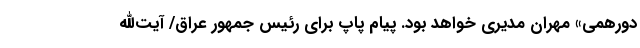
دورهمی» مهران مدیری خواهد بود. پیام پاپ برای رئیس جمهور عراق/ آیت‌الله